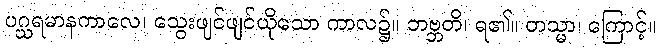
ပဂ္ဃရမာနကာလေ၊ သွေးဖျင်ဖျင်ယိုသော ကာလ၌။ ဘဗ္ဘတိ၊ ရ၏။ တသ္မာ၊ ကြောင့်။